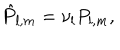
{ \hat { P } } _ { l , m } = \nu _ { l } P _ { l , m } ,